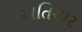
અતિચાર